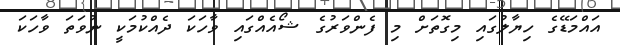
އައްމަޑޭގެ ހިޔާލުގައި މިގޮތަށް މި ފެންވަރުގެ ޝޯއެއްގައި ވާހަކަ ދެއްކުމަކީ ނުވަތަ ވާހަކަ